Scottish Certificate of Education, 1963
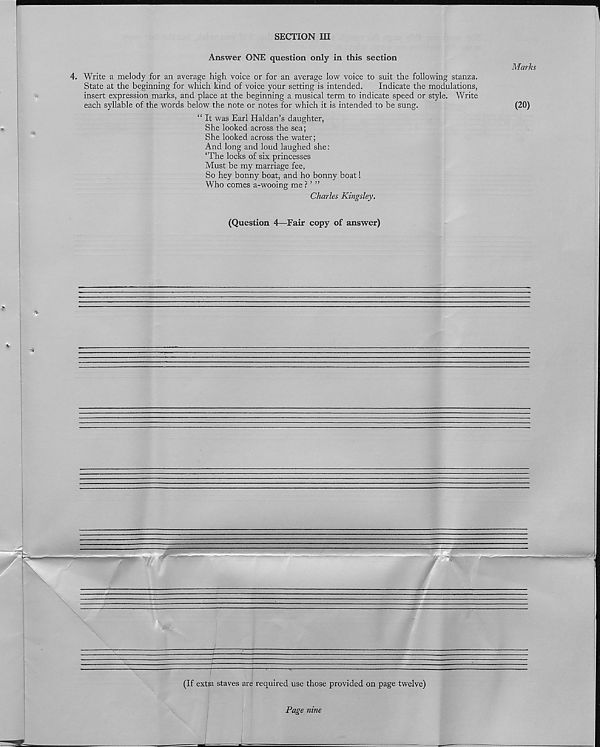
SECTION III
Answer ONE question only in this section
4. Write a melody for an average high voice or for an average low voice to suit the following stanza.
State at the beginning for which kind of voice your setting is intended.
Indicate the modulations,
insert expression marks, and place at the beginning a musical term to indicate speed or style. Write
each syllable of the words below the note or notes for which it is intended to be sung.
“ It was Earl Haldan’s daughter,
She looked across the sea;
She looked across the water;
And long and loud laughed she:
‘The locks of six princesses
Must be my marriage fee,
So hey bonny boat, and ho bonny boat!
Who comes a-wooing me ? ’ ”
Charles Kingsley.
Marks
(20)
(Question 4—Fair copy of answer)
Page nine